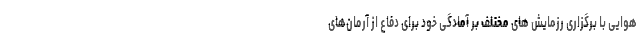
هوایی با برگزاری رزمایش های مختلف بر آمادگی خود برای دفاع از آرمان‌های